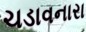
ચડાવનારા